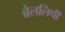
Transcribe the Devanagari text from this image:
ब्रेललिपी